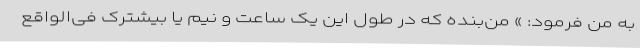
به من فرمود: » من‌بنده که در طول این یک ساعت و نیم یا بیشترک فی‌الواقع